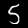
Label: 5